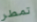
تمطر